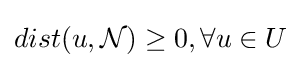
dist(u,{\mathcal {N}})\geq 0,\forall u\in U